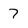
Character: 7